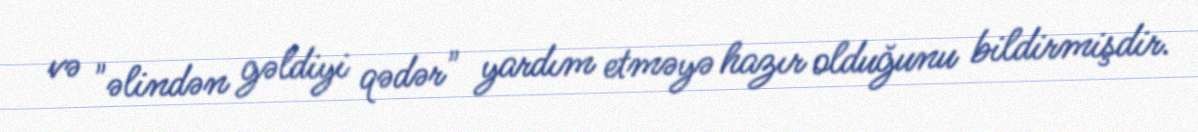
və "əlindən gəldiyi qədər" yardım etməyə hazır olduğunu bildirmişdir.